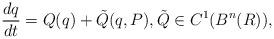
LaTeX: \begin{align*} \frac{dq}{dt}=Q(q) + \tilde Q(q, { P}), \tilde Q \in C^{1}({ B}^n(R)),\end{align*}